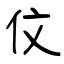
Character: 伩